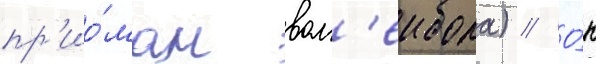
пр'ио́мам вол'еибола) // О́н